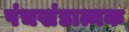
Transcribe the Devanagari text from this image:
पंचखंडात्मक